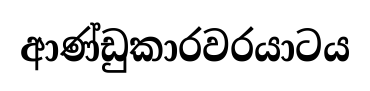
ආණ්ඩුකාරවරයාටය